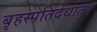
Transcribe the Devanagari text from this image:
बृहस्पतिर्दधातु।